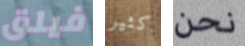
فيلق كثير نحن